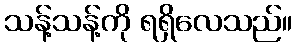
သန့်သန့်ကို ရရှိလေသည်။